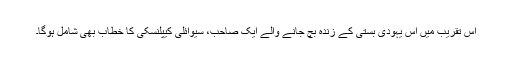
اس تقریب میں اس یہودی بستی کے زندہ بچ جانے والے ایک صاحب، سیوائلی کیپلنسکی کا خطاب بھی شامل ہوگا۔